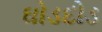
ઘોડદોડ